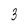
Character: 3